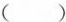
( )